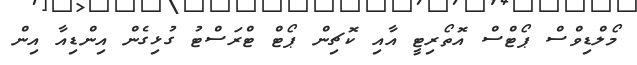
މޯލްޑިވްސް ޕޯޓްސް އޮތޯރިޓީ އާއި ކޮޗިން ޕޯޓް ޓްރަސްޓު ގުޅިގެން އިންޑިއާ އިން